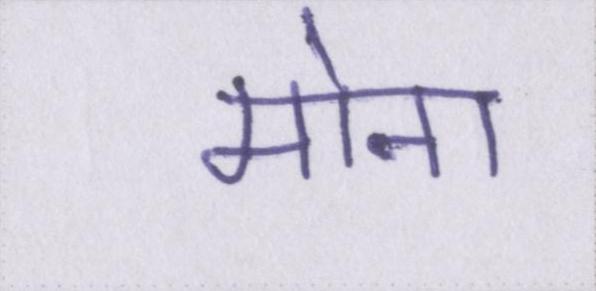
मोना